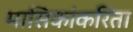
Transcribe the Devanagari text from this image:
मासिकांकरिता